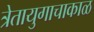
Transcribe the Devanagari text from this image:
त्रेतायुगाचाकाळ